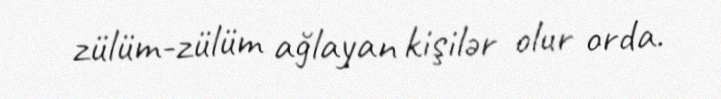
zülüm-zülüm ağlayan kişilər olur orda.